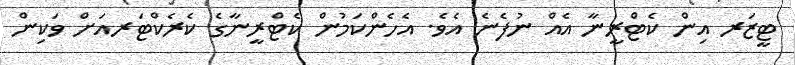
ޓީޒަރ އިން ކެޓްރީނާ އެއް ނުފެނެ އެވެ. އެހެންކަމުން ކެޓްރީނާގެ ކެރެކްޓަރއަށް ވަކިން